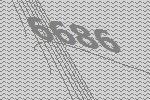
6686